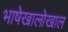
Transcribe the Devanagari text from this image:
भाषेखालोखाल